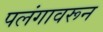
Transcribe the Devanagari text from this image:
पलंगावरून